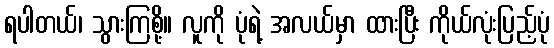
ရပါတယ်၊ သွားကြစို့။ လူကို ပုံရဲ့ အလယ်မှာ ထားပြီး ကိုယ်လုံးပြည့်ပုံ